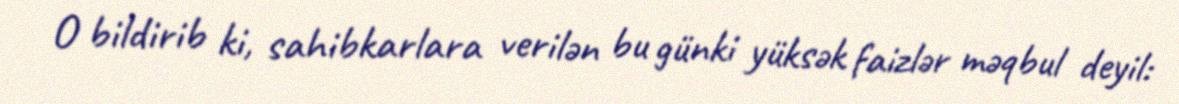
O bildirib ki, sahibkarlara verilən bu günki yüksək faizlər məqbul deyil: